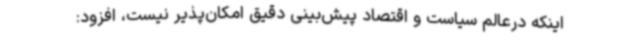
اینکه درعالم سیاست و اقتصاد پیش‌بینی دقیق امکان‌پذیر نیست، افزود: